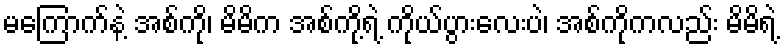
မကြောက်နဲ့ အစ်ကို၊ မိမိက အစ်ကို့ရဲ့ ကိုယ်ပွားလေးပဲ၊ အစ်ကိုကလည်း မိမိရဲ့